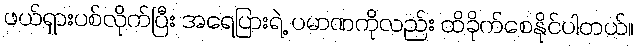
ဖယ်ရှားပစ်လိုက်ပြီး အရေပြားရဲ့ ပမာဏကိုလည်း ထိခိုက်စေနိုင်ပါတယ်။